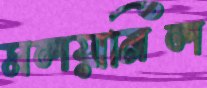
মলয়ানিল